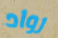
رواد